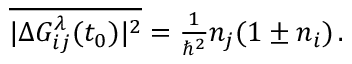
\begin{array} { r } { \overline { { | \Delta G _ { i j } ^ { \lambda } ( t _ { 0 } ) | ^ { 2 } } } = \frac { 1 } { \hbar ^ { 2 } } n _ { j } ( 1 \pm n _ { i } ) \, . } \end{array}